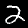
Digit: 2